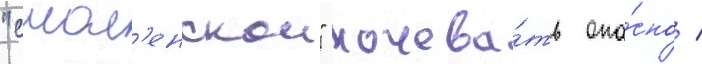
"смол'енскои" ночева́ть опа́сно /